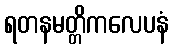
ရတနမတ္တိကလေပနံ